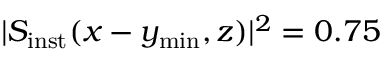
\vert S _ { \mathrm { i n s t } } ( x - y _ { \mathrm { m i n } } , z ) \vert ^ { 2 } = 0 . 7 5